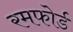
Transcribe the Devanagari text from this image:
रमफोर्ड